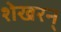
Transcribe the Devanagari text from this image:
शेखरन्